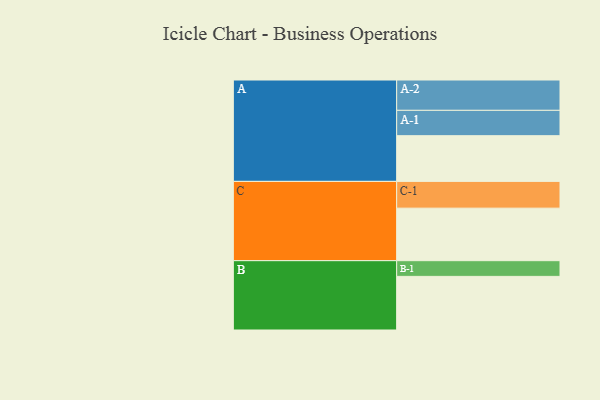
{"axis": {"x": "Segment", "y": "Value"}, "legend": ["", "A", "B", "C"], "data": [{"x": "A", "y": 422, "type": ""}, {"x": "B", "y": 495, "type": ""}, {"x": "C", "y": 485, "type": ""}, {"x": "A-1", "y": 234, "type": "A"}, {"x": "A-2", "y": 280, "type": "A"}, {"x": "B-1", "y": 145, "type": "B"}, {"x": "C-1", "y": 247, "type": "C"}]}